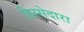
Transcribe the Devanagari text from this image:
हिस्सेदारा